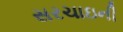
સરચાઇની